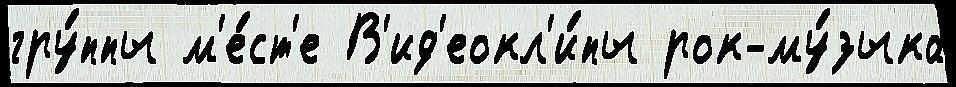
гру́ппы м'е́ст'е В'ид'еокл'и́пы рок-му́зыка